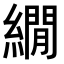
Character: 繝